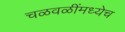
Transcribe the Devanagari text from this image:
चळवळींमध्येच